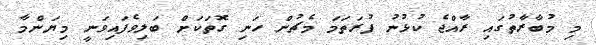
މި މުބާރާތުގައި ރާއްޖެ ކުޅުނު ފުރަތަމަ މެޗުން ހަނި ގޮތަކަށް ބަލިވެފައިވަނީ މިޔަންމާ